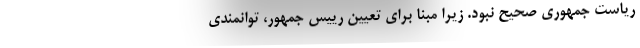
ریاست جمهوری صحیح نبود. زیرا مبنا برای تعیین رییس جمهور، توانمندی